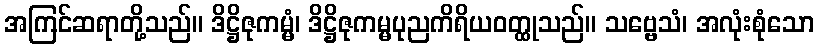
အကြင်ဆရာတို့သည်။ ဒိဋ္ဌိဇုကမ္မံ၊ ဒိဋ္ဌိဇုကမ္မပုညကိရိယဝတ္ထုသည်။ သဗ္ဗေသံ၊ အလုံးစုံသော